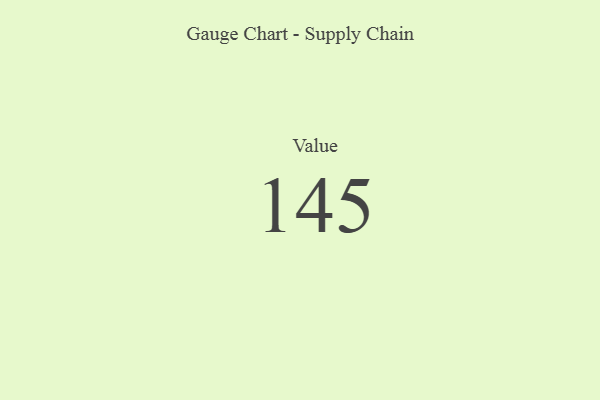
{"axis": {"x": "Metric", "y": "Value"}, "legend": [""], "data": [{"x": "Value", "y": 145, "type": ""}]}